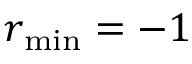
r _ { \operatorname* { m i n } } = - 1